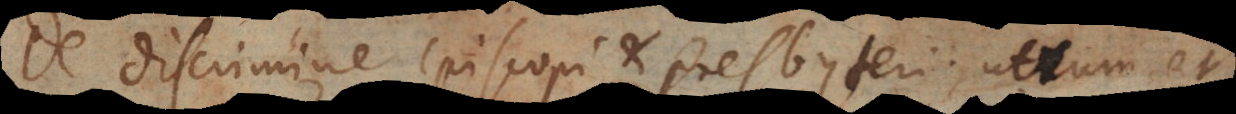
De discrimine episcopi et presbyteri utrum et